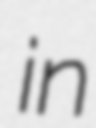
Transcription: in